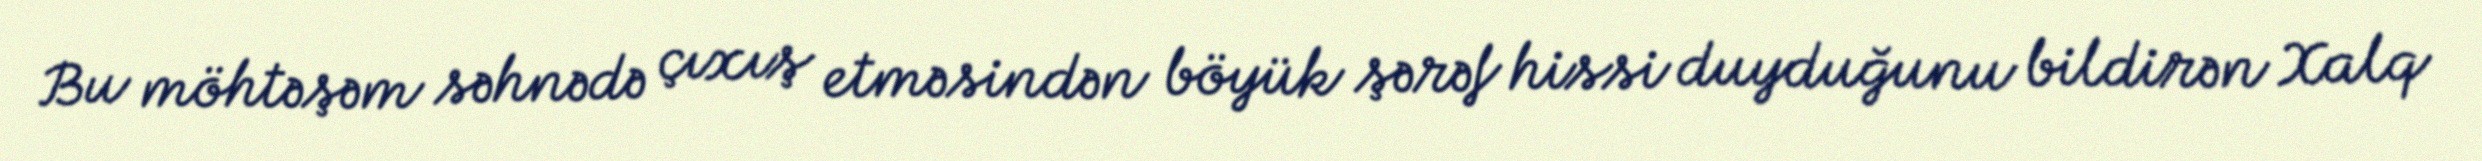
Bu möhtəşəm səhnədə çıxış etməsindən böyük şərəf hissi duyduğunu bildirən Xalq